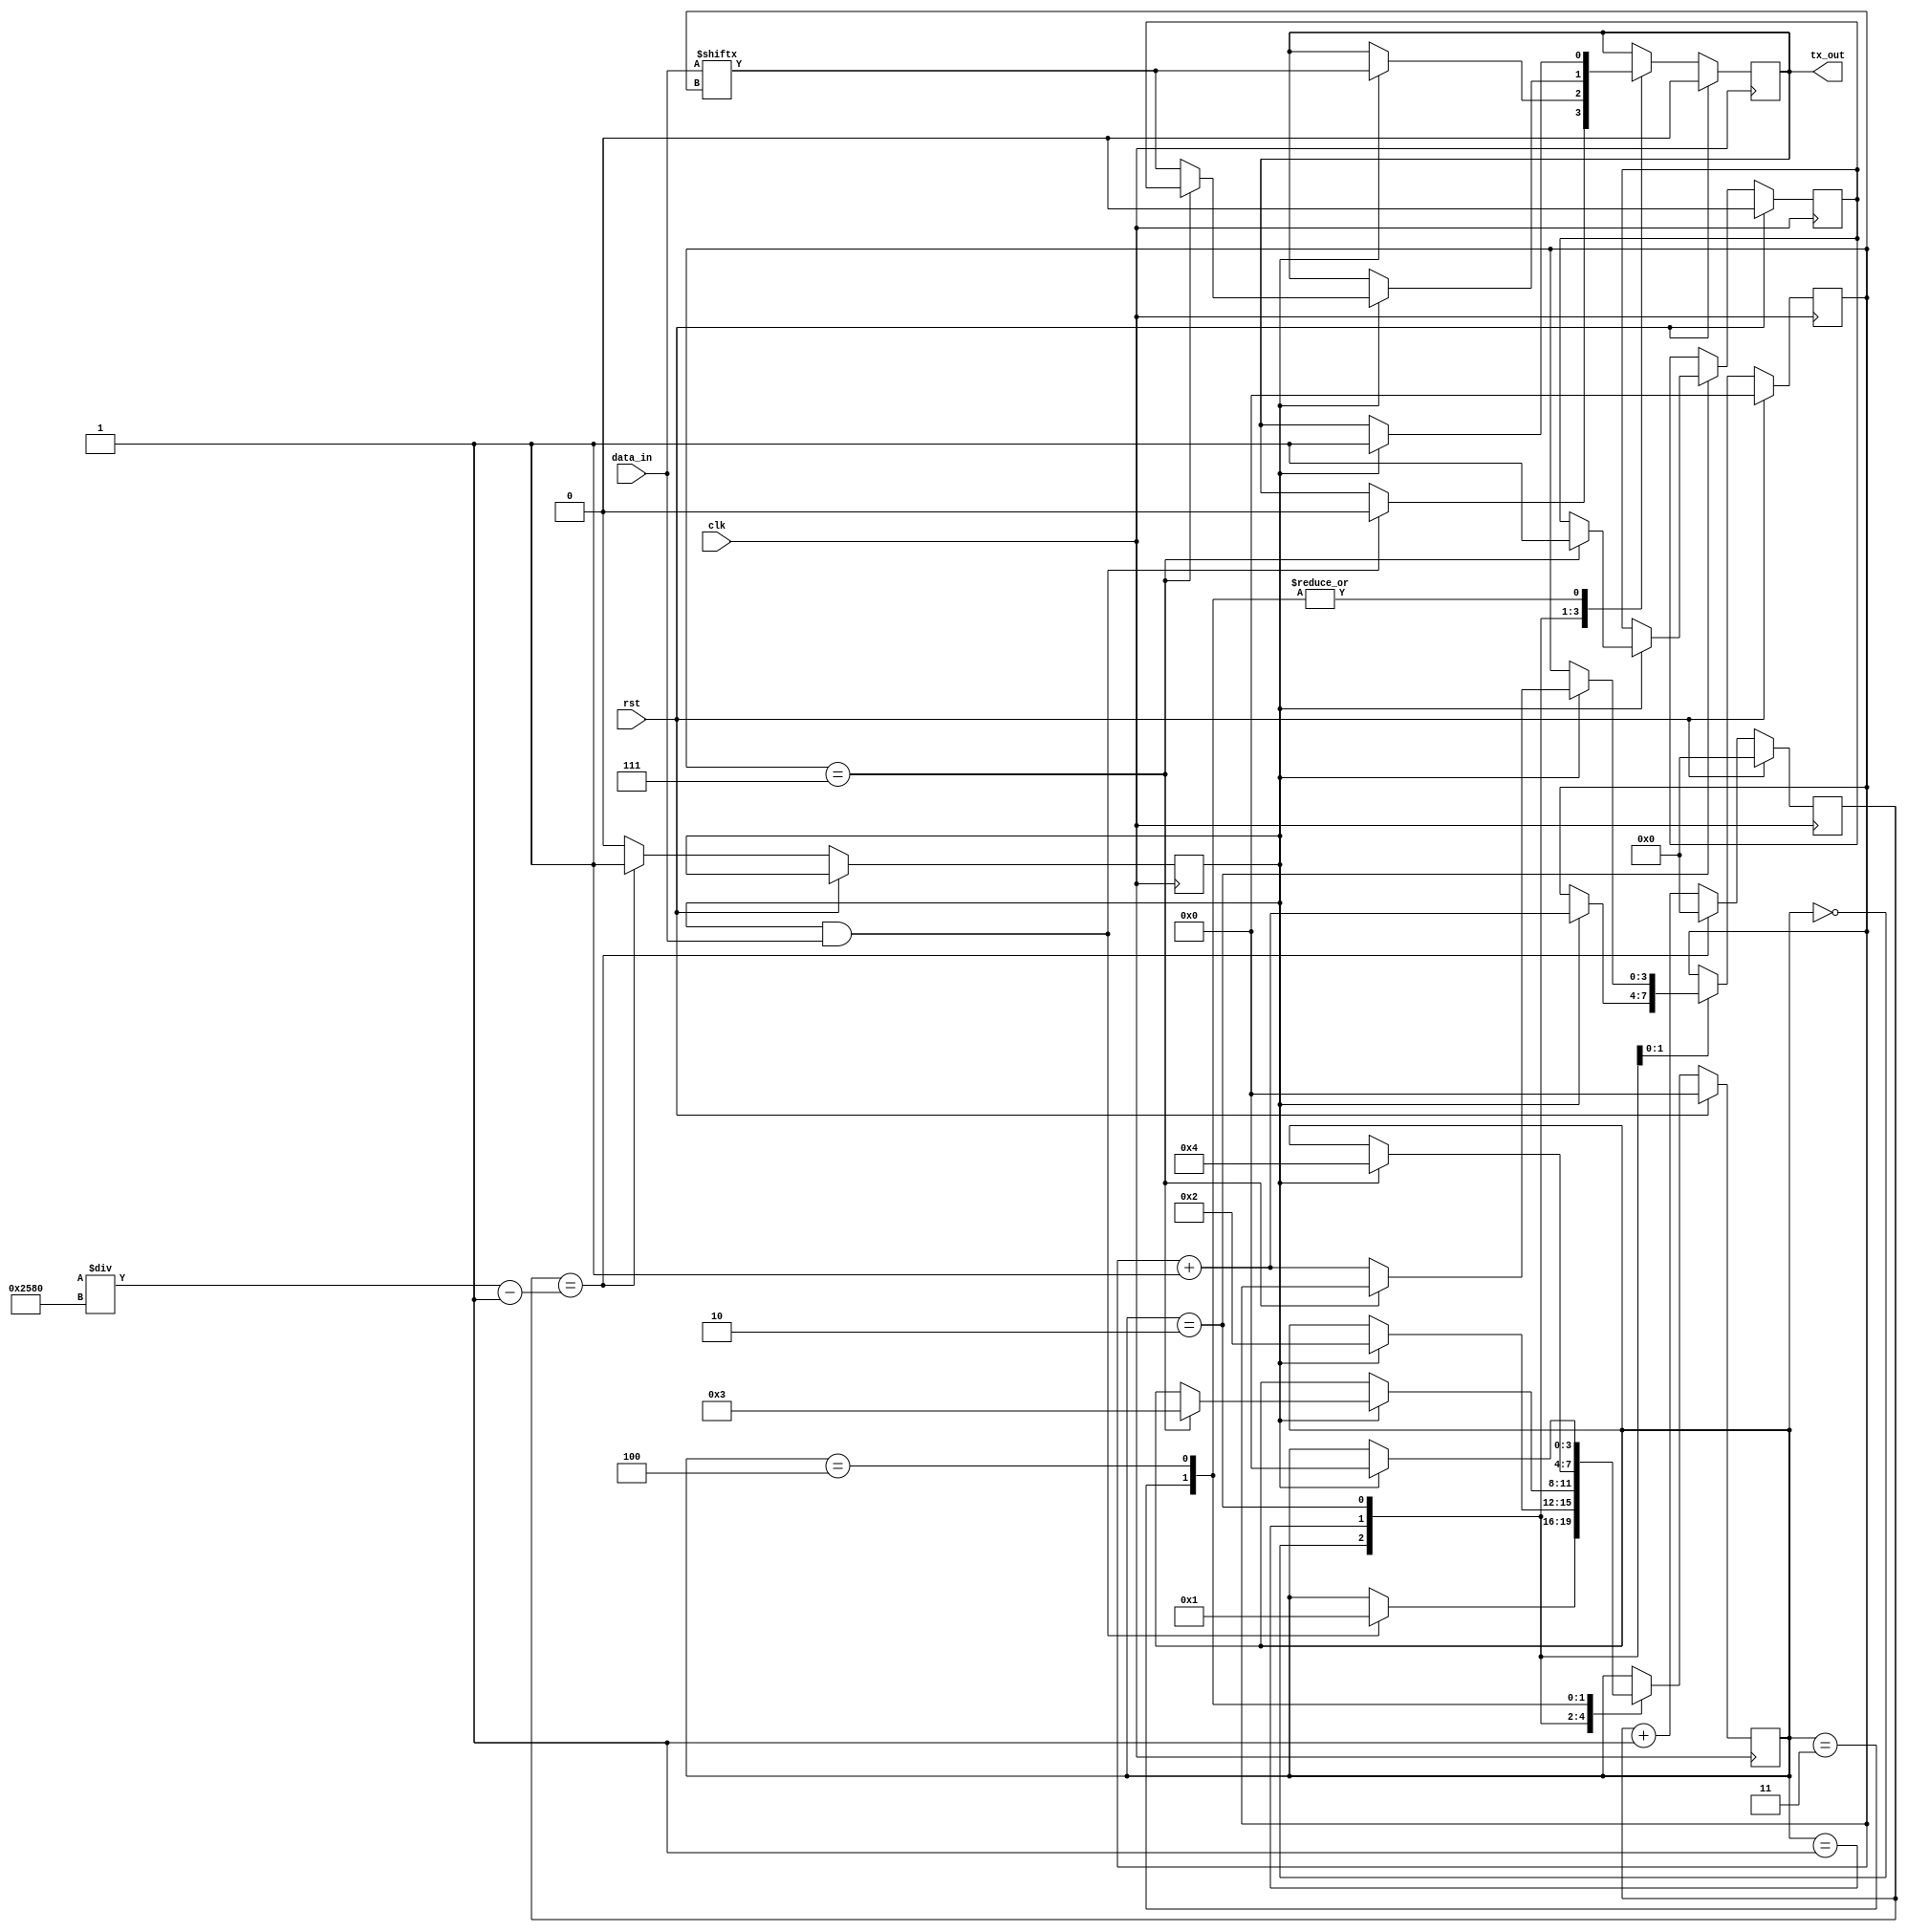
module uart_transmitter(
    input clk, // Clock signal
    input rst, // Reset signal
    input data_in, // Data input port
    output reg tx_out // Output port for transmitting serial data stream
);

// Parameters for baud rate and data frame configuration
parameter BAUD_RATE = 9600;
parameter DATA_WIDTH = 8;
parameter START_BIT = 1'b0;
parameter STOP_BIT = 1'b1;

// State machine states
parameter IDLE = 0;
parameter START_BIT_GEN = 1;
parameter DATA_TX = 2;
parameter PARITY_GEN = 3;
parameter STOP_BIT_GEN = 4;

// Internal signal declarations
reg [3:0] state;
reg [3:0] bit_count;
reg parity_bit;
reg tx_out_reg;

// Clock divider for baud rate generation
reg [15:0] baud_counter;
reg baud_tick;

always @ (posedge clk) begin
    if (rst) begin
        baud_counter <= 16'b0;
        state <= IDLE;
        bit_count <= 4'd0;
        parity_bit <= 1'b0;
        tx_out_reg <= 1'b0;
    end else begin
        // Baud rate generator
        if (baud_counter == (clk_freq/BAUD_RATE) - 1) begin
            baud_counter <= 16'b0;
            baud_tick <= 1;
        end else begin
            baud_counter <= baud_counter + 1;
            baud_tick <= 0;
        end

        // State machine logic
        case(state)
            IDLE: begin
                if (baud_tick && data_in) begin
                    state <= START_BIT_GEN;
                    tx_out_reg <= START_BIT;
                end
            end
            START_BIT_GEN: begin
                if (baud_tick) begin
                    state <= DATA_TX;
                    tx_out_reg <= data_in[bit_count];
                    bit_count <= bit_count + 1;
                end
            end
            DATA_TX: begin
                if (baud_tick) begin
                    if (bit_count == (DATA_WIDTH-1)) begin
                        state <= PARITY_GEN;
                        parity_bit <= 1; // Generating odd parity
                        tx_out_reg <= parity_bit;
                    end else begin
                        tx_out_reg <= data_in[bit_count];
                        bit_count <= bit_count + 1;
                    end
                end
            end
            PARITY_GEN: begin
                if (baud_tick) begin
                    state <= STOP_BIT_GEN;
                    tx_out_reg <= STOP_BIT;
                end
            end
            STOP_BIT_GEN: begin
                if (baud_tick) begin
                    state <= IDLE;
                    tx_out_reg <= 1'b1;
                end
            end
        endcase
    end
end

// Assign output signal
assign tx_out = tx_out_reg;

endmodule